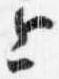
上